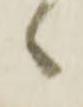
々